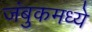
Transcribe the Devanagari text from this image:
जंबुकमध्ये